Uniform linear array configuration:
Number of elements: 24
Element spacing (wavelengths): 0.5
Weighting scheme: binomial
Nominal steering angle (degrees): -30
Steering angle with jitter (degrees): -28.859
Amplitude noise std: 0.05
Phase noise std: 0.05

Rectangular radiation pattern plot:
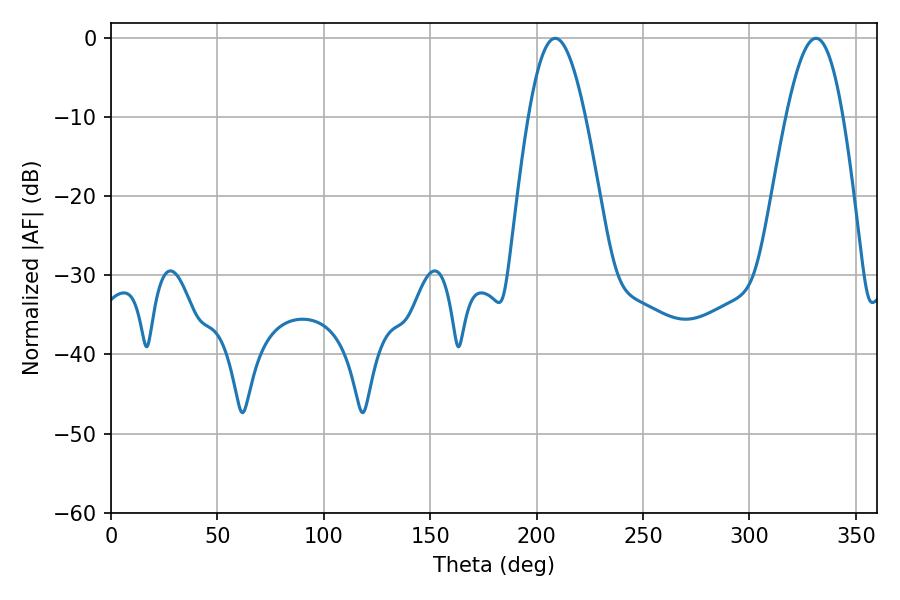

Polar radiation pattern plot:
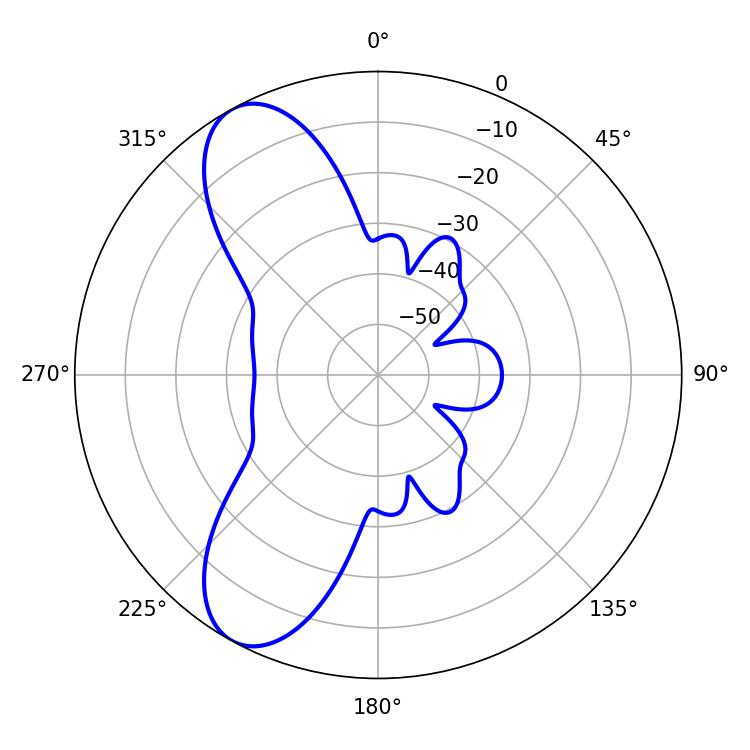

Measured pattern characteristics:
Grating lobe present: FALSE
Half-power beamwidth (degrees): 14.4
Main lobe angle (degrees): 208.8